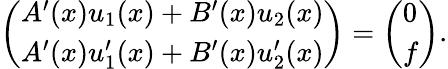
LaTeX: {\left(\begin{array}{l}{A^{\prime}(x)u_{1}(x)+B^{\prime}(x)u_{2}(x)}\\ {A^{\prime}(x)u_{1}^{\prime}(x)+B^{\prime}(x)u_{2}^{\prime}(x)}\end{array}\right)}={\left(\begin{array}{l}{0}\\ {f}\end{array}\right)}.